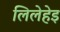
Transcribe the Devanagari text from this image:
लिलेहेइ